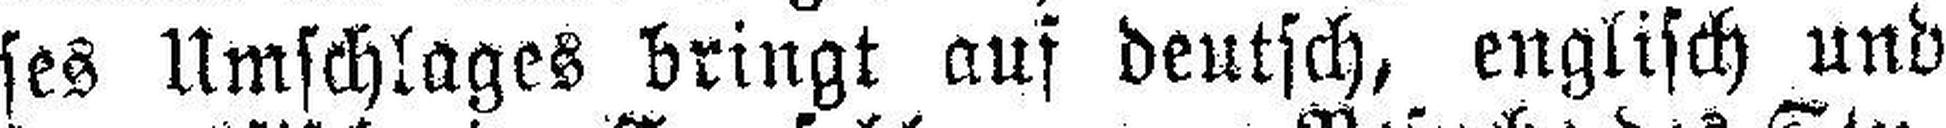
ses Umschlages bringt auf deutsch, englisch und